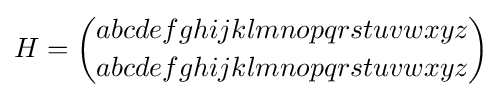
H={\binom {abcdefghijklmnopqrstuvwxyz}{abcdefghijklmnopqrstuvwxyz}}